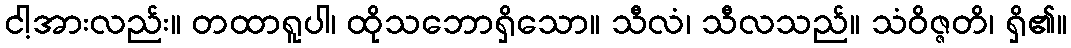
ငါ့အားလည်း။ တထာရူပါ၊ ထိုသဘောရှိသော။ သီလံ၊ သီလသည်။ သံဝိဇ္ဇတိ၊ ရှိ၏။